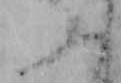
ふ